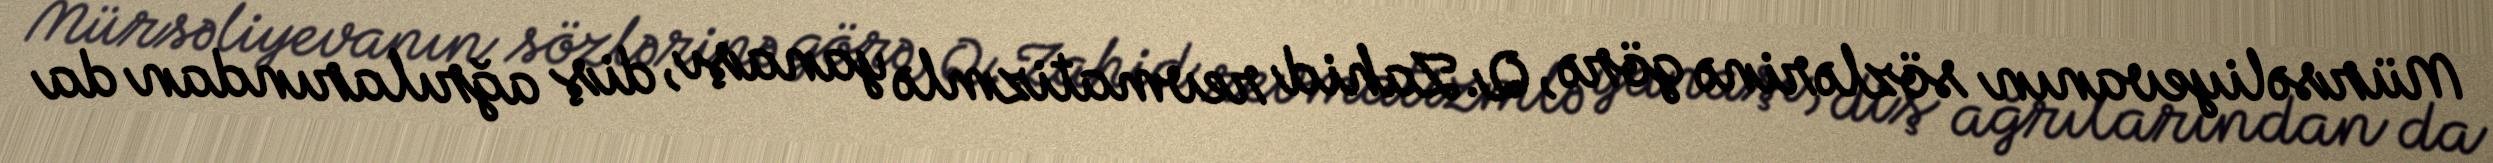
Mürsəliyevanın sözlərinə görə, Q.Zahid revmatizmlə yanaşı, diş ağrılarından da